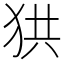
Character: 𤞒